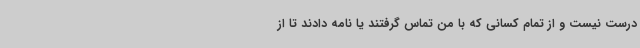
درست نیست و از تمام کسانی که با من تماس گرفتند یا نامه دادند تا از